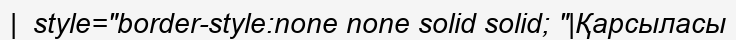
|  style="border-style:none none solid solid; "|Қарсыласы